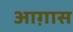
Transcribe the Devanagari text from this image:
आग़ास